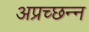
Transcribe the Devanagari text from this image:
अप्रच्छन्न